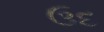
ઉદ